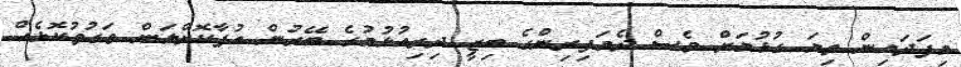
މިފަދައިން ތިޔަ ގުޅުމަށް ވެސް ދެމަފިރިންގެ ބިޒީ ދިރިއުޅުމުގެ ބޭރުން އުފާކޮށްލަން ވަގުތުކޮޅެއް